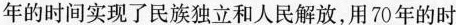
年的时间实现了民族独立和人民解放，用70年的时